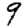
Digit: 9